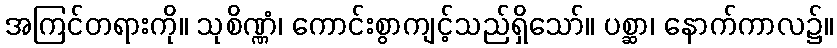
အကြင်တရားကို။ သုစိဏ္ဏံ၊ ကောင်းစွာကျင့်သည်ရှိသော်။ ပစ္ဆာ၊ နောက်ကာလ၌။